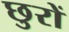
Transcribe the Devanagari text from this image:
छुरों